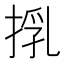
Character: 𢯚